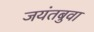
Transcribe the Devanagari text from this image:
जयंतबुवा